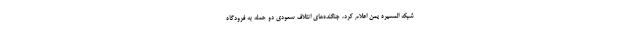
شبکه المسیره یمن اعلام کرد، جنگنده‌های ائتلاف سعودی دو حمله به فرودگاه